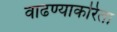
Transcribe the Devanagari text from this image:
वाढण्याकरिता